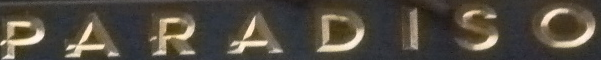
PARADISO